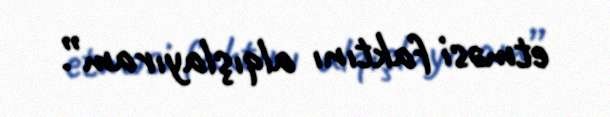
etməsi faktını alqışlayıram”.